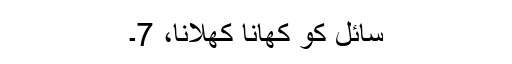
سائل کو کھانا کھلانا، 7۔